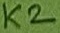
Text: K2